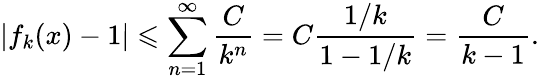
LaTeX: \left|f_{k}(x)-1\right|\leqslant\sum_{n=1}^{\infty}{\frac{C}{k^{n}}}=C{\frac{1/k}{1-1/k}}={\frac{C}{k-1}}.